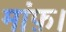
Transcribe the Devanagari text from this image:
मांफ़।